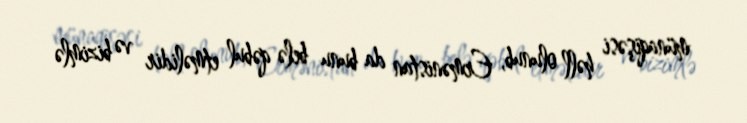
münaqişəsi həll olunub, Ermənistan da bunu belə qəbul etməlidir və bizimlə